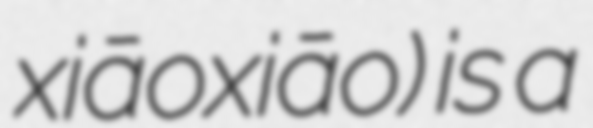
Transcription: xiāoxiāo) is a